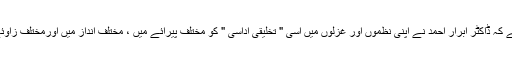
مجھے محسوس ہوتا ہے کہ ڈاکٹر ابرار احمد نے اپنی نظموں اور غزلوں میں اسی " تخلیقی اداسی " کو مختلف پیرائے میں ، مختلف انداز میں اورمختلف زاوئے سے متشکل کیا ہے۔